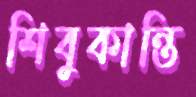
শিবুকান্তি